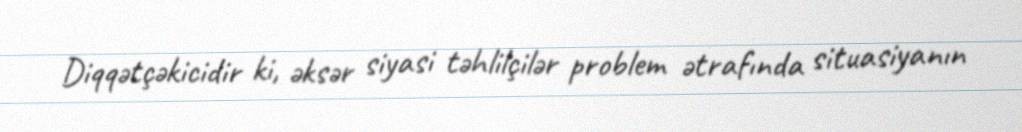
Diqqətçəkicidir ki, əksər siyasi təhlilçilər problem ətrafında situasiyanın